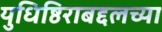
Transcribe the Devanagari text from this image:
युधिष्ठिराबद्दलच्या